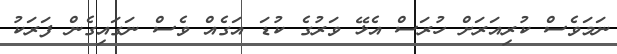
ނަމަވެސް ކުރިއަރަށް ހުރަސް އެޅޭ ވަރުގެ ކުޑަ އަގެއް ވެސް ނަގައިގެން ފަރަކު